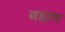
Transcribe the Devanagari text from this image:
बह्मण